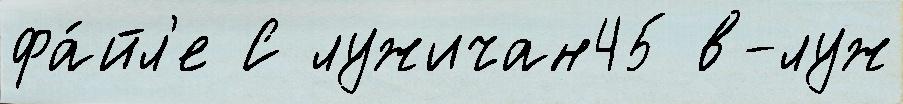
фа́йл'е С лужичан45 в-луж